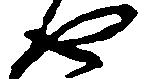
や